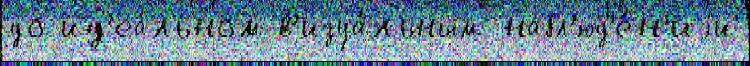
до ид'еа́льном в'изуа́льным набл'юд'е́н'иjи